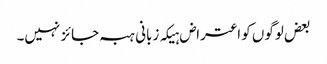
بعض لوگوں کو اعتراض ہیکہ زبانی ہبہ جائز نہیں۔